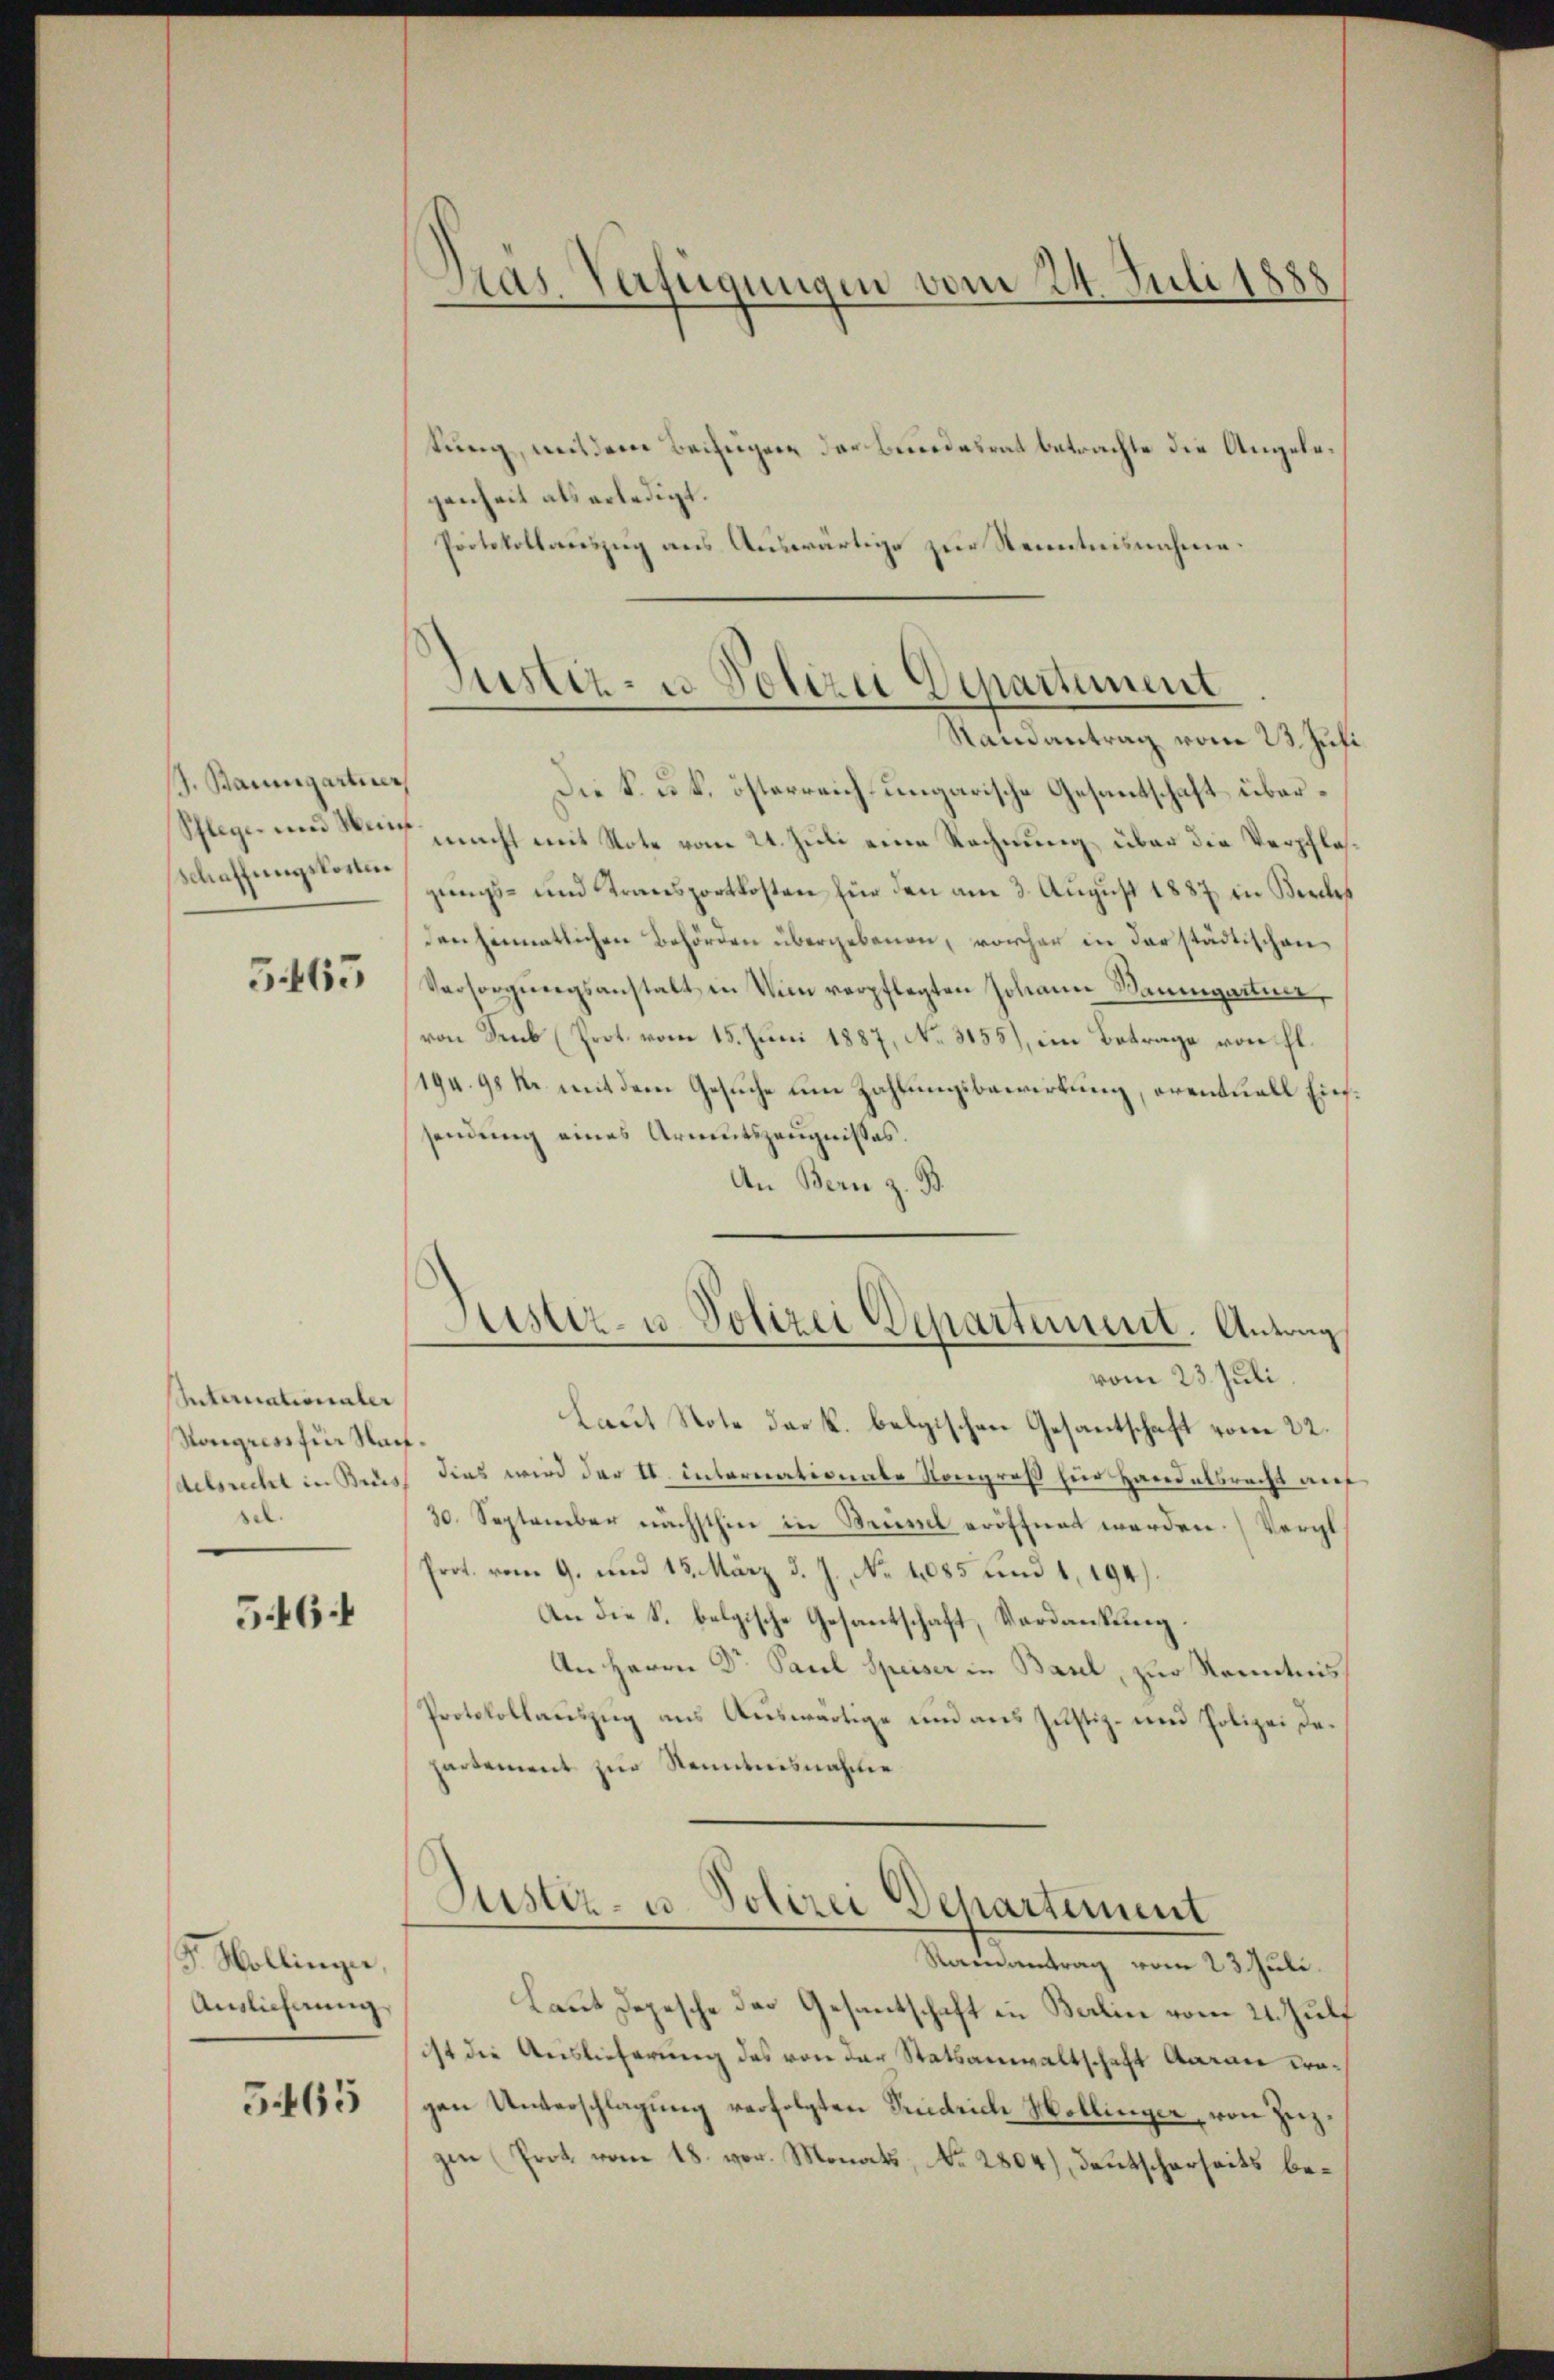
J. Baumgartiner
Schaffungskosten

5465

Unternationaler
Kongress für Nach
delsrecht in Brus,
.

546.

S. Wollingen,
Anlichung

5.465

Dras Verfügungen vom 24. Juli 1888

tung, mit derer Beifügung der Beredesrat betrachte die Angelegenheit als erledigt.
Protokollauszug aus Auswärtige zur Kenntnisnahme.

Justiz- u. Polizei Departement
Randantrag vom 23. Juli

Justiz- u Polizei Departement. Antrag
vom 23. Juli.

Die S. u. k. österreich ungarische Gesantschaft über¬
Schlege und in macht mit Note vom 21. Juli eine Rechnung über die Verpflasgungs- und Transportkosten für den am 3. August 1887 in Bercles
den Einnatlichen Behörden übergebenen, vorher in der städtischen
Versorgŭngsanstalt in Vin verpflegten Johann Baumgartner,
von Seub (Prot. vom 15. Juni 1887, No. 3155), im Betrage von fl.
(194. 98 kr mit dem Gesuche um Zahlungsbewirtung, oventuell Einsendung eines Armutszeugnisses.
An Bern z. B.
Laut Note der k. belgischen Gesantschaft vom 22.
dies wird der I. Internationale Kongroß für Handelsrecht auf
30. September nächsthin in Neum eröffnet worden. (Vergl
Prot. vom 9. und 13. März d. J. No 11085 und 1, 194)
An die S. belgische Gesantschaft, Verdankung.
An Herrn Dr Paul Speiser in Basel, zur Kenntnis
Protokollaŭszŭg aŭs Aŭswärtige um ans Justiz- und Polizei de-
partement zur Kenntnisnahme
Justiz- u. Polizei Departement
Martiendung vom 25. Juli.
Laut Depesche der Gesantschaft in Balin vom 21. Juli
ist die Auslieferung des von der Statsanwaltschaft Aarau Progen Unterschlagung verfolgten Friedrich Hollinger, von Zuzgen Prot. vom 18. vor. Monats, No. 2804), Deutscherseits be¬